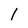
Character: 1